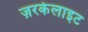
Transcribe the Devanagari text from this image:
ज़रकेलाइट